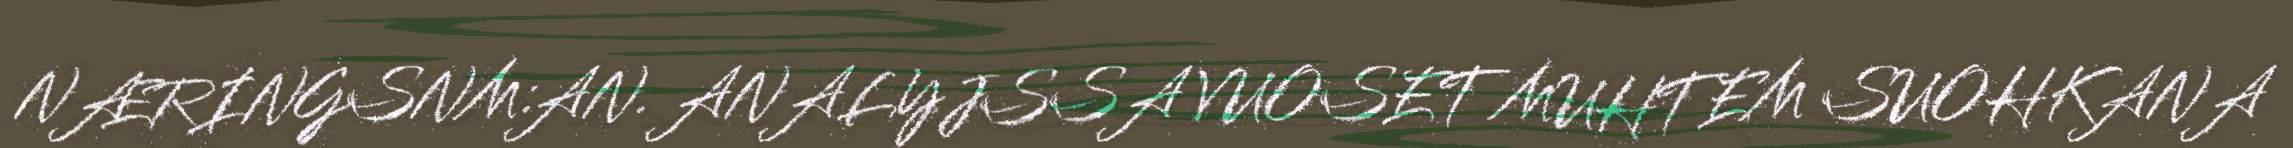
NÆRINGSNM:AN. ANALYJSSA VUOSET MUHTEM SUOHKANA